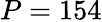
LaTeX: P=154